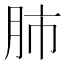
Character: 肺